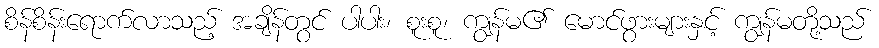
စိန်စိန်းရောက်လာသည့် အချိန်တွင် ပါပါး၊ စူးစူ၊ ကျွန်မ၏ မောင်ဖွားများနှင့် ကျွန်မတို့သည်